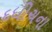
દધીચના